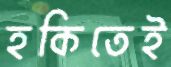
হকিতেই